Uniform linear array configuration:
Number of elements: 4
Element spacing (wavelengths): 0.25
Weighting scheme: uniform
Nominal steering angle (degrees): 0
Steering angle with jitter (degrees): -0.4438
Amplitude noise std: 0.05
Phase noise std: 0.05

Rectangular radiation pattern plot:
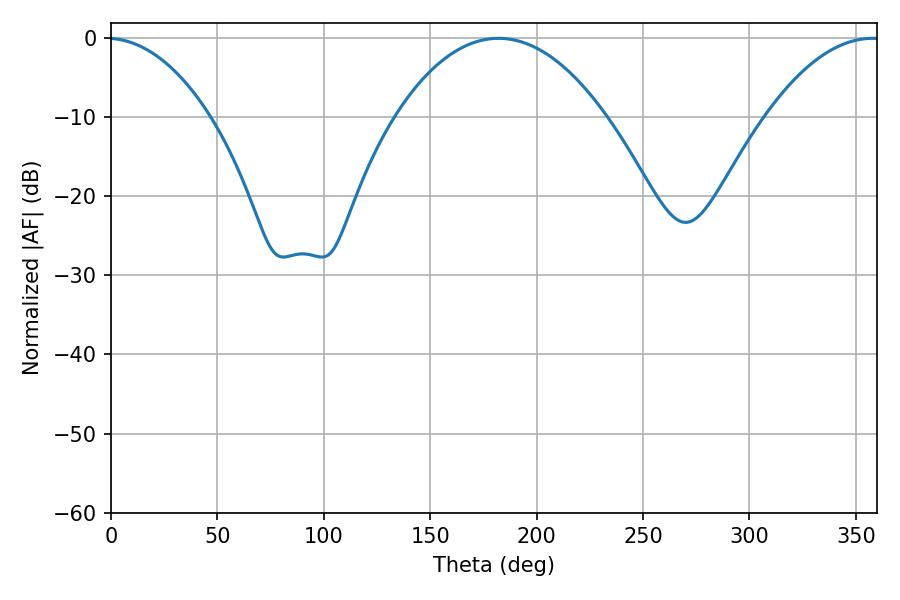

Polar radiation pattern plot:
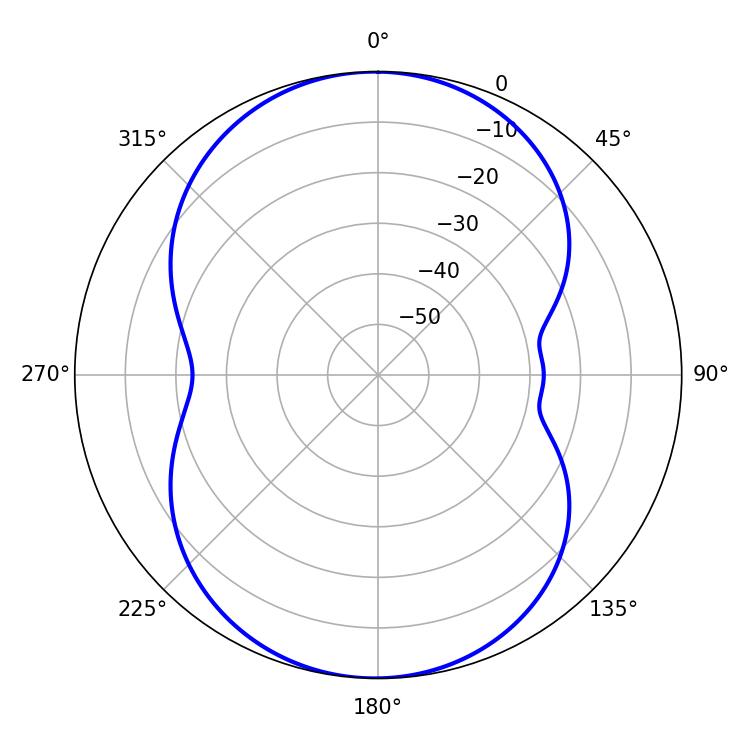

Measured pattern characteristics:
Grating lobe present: FALSE
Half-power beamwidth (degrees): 55.08
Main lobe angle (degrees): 182.16